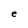
Character: e